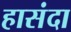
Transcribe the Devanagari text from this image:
हासंदा